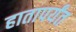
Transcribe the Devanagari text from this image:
हातापर्यंत